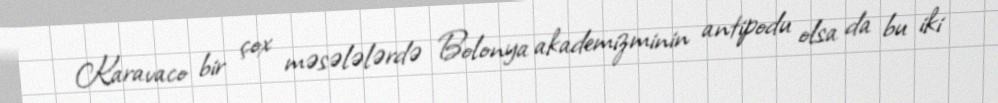
Karavaco bir çox məsələlərdə Bolonya akademizminin antipodu olsa da bu iki